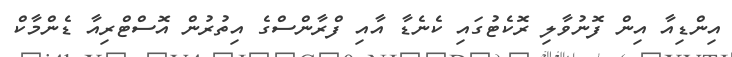
އިންޑިއާ އިން ފޮނުވާލި ރޮކެޓުގައި ކެނެޑާ އާއި ފްރާންސްގެ އިތުރުން އޮސްޓްރިއާ ޑެންމާކް